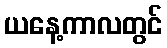
ယနေ့ကာလတွင်